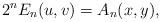
LaTeX: \begin{align*} 2^n E_n(u,v) = A_n(x, y),\end{align*}